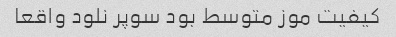
کیفیت موز متوسط بود سوپر نلود واقعا